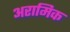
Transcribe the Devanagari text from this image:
अरामिक